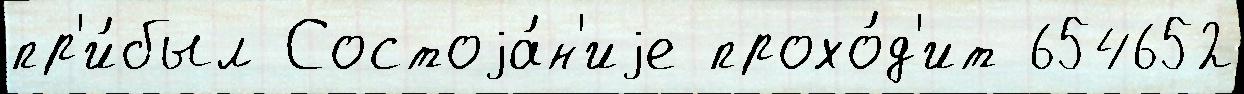
пр'и́был Состоjа́н'иjе прохо́д'ит 654652